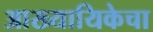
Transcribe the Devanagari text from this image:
आख्यायिकेचा